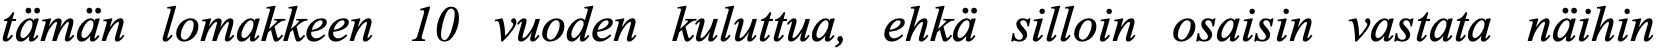
tämän lomakkeen 10 vuoden kuluttua, ehkä silloin osaisin vastata näihin